Indian journal of veterinary science and animal husbandry - Volume 8,
Year: 1938
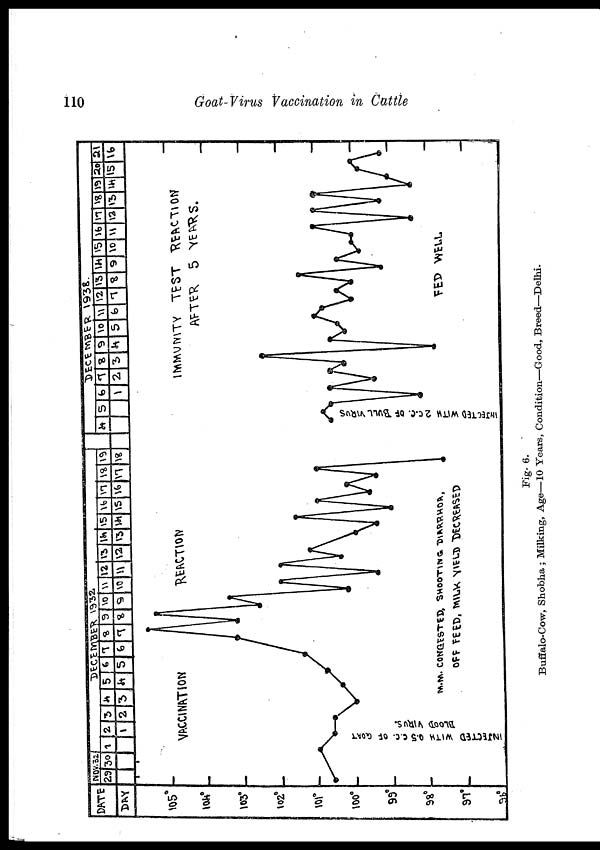
110
Goat-Virus Vaccination in Cattle
Fig- 6.
Buffalo-Cow, Shobha ; Milking, Age—10 Years, Condition—Good, Breed—Delhi.